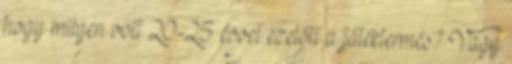
hogy milyen volt 20-25 évvel ezelőtt a játéktermés? Vagy